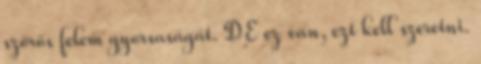
szőrös felem gyorsaságát. DE ez van, ezt kell szeretni.